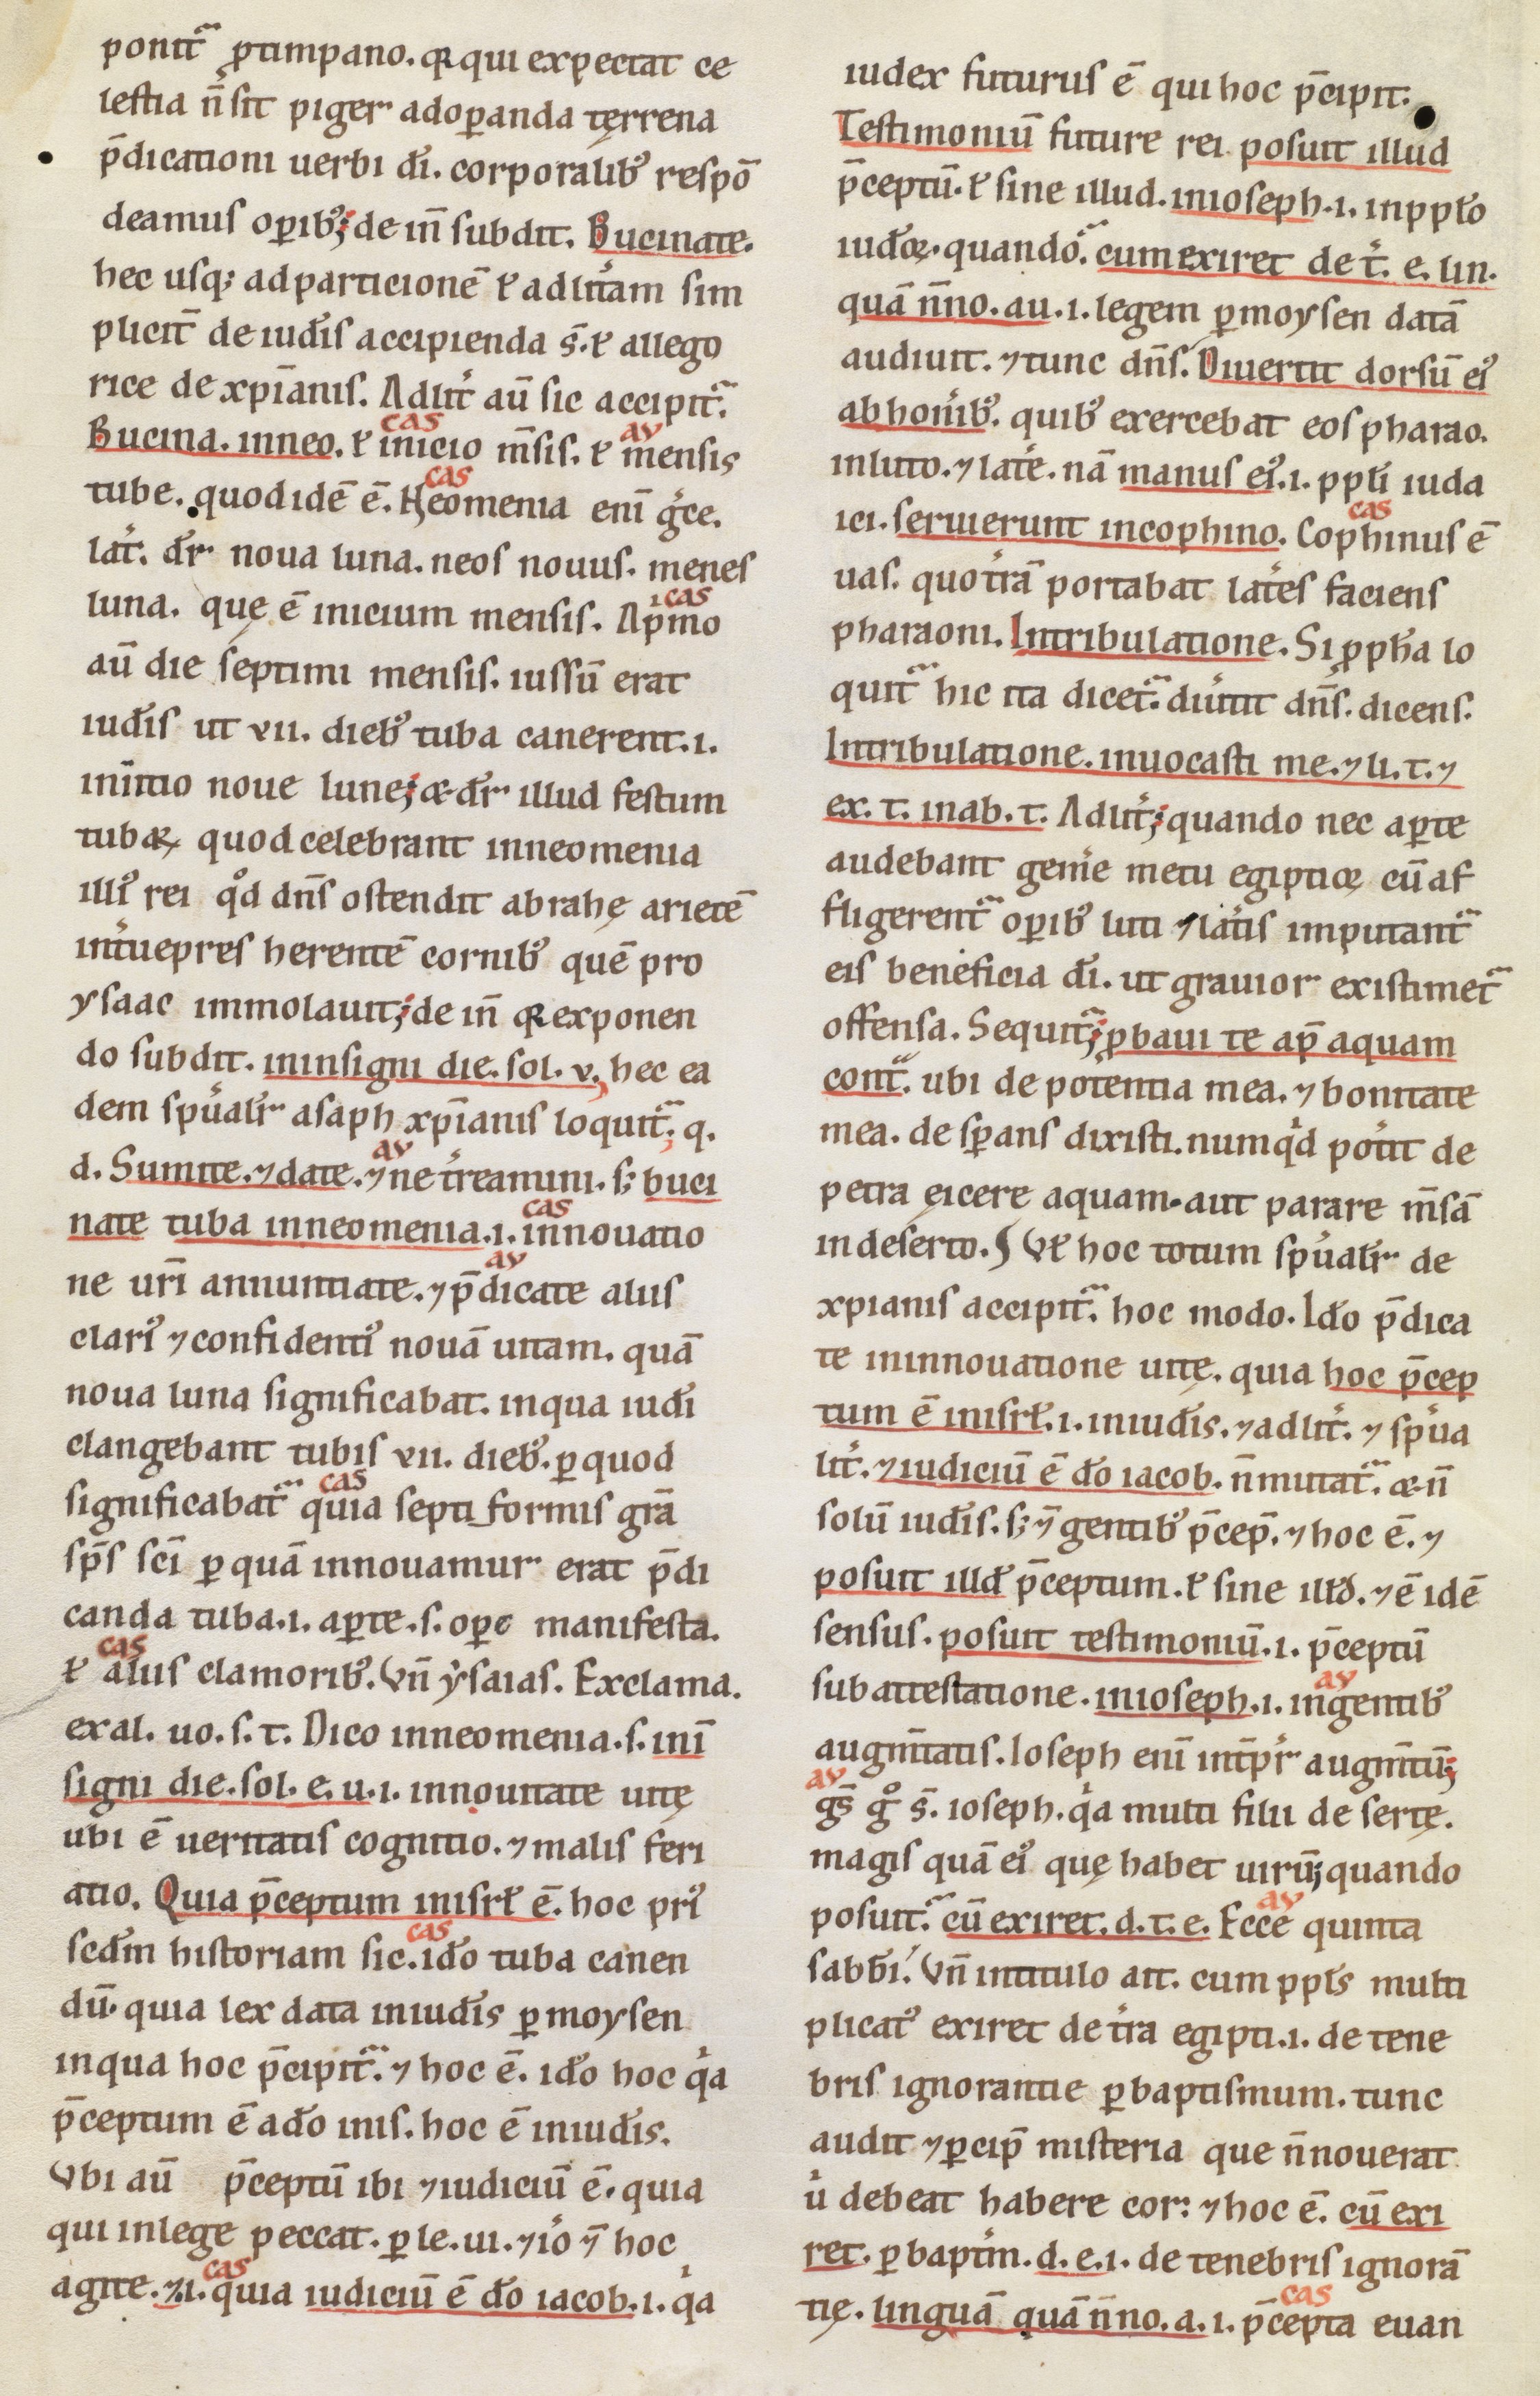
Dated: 1100–1199